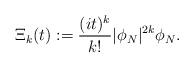
LaTeX: \begin{align*}\Xi_k(t) : = \frac{(i t)^k}{k!} |\phi_N|^{2k} \phi_N.\end{align*}